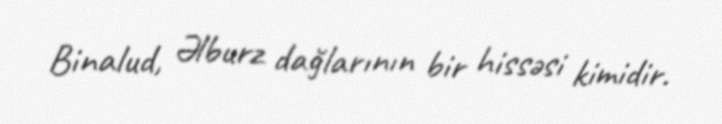
Binalud, Əlburz dağlarının bir hissəsi kimidir.